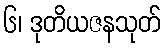
၆၊ ဒုတိယဇနသုတ်